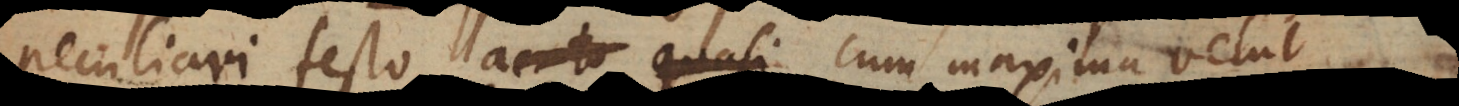
festo, acuto quasi cum maxima velut